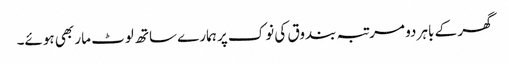
گھر کے باہر دو مرتبہ بندوق کی نوک پر ہمارے ساتھ لوٹ مار بھی ہوئے۔